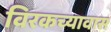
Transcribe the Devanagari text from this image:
विरकच्यावास